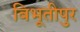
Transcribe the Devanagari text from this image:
बिभूतीपुर